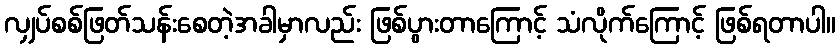
လျှပ်စစ်ဖြတ်သန်းစေတဲ့အခါမှာလည်း ဖြစ်ပွားတာကြောင့် သံလိုက်ကြောင့် ဖြစ်ရတာပါ။